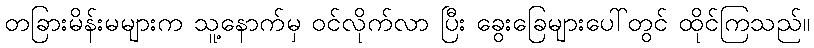
တခြားမိန်းမများက သူ့နောက်မှ ဝင်လိုက်လာ ပြီး ခွေးခြေများပေါ်တွင် ထိုင်ကြသည်။